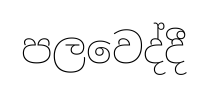
පලවෙද්දී